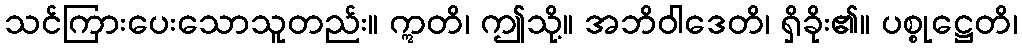
သင်ကြားပေးသောသူတည်း။ ဣတိ၊ ဤသို့။ အဘိဝါဒေတိ၊ ရှိခိုး၏။ ပစ္စုဋ္ဌေတိ၊